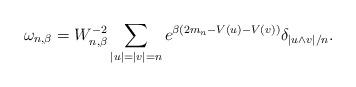
LaTeX: \begin{align*} \omega_{n,\beta} = W_{n,\beta}^{-2}\sum_{|u|=|v|=n} e^{\beta (2 m_n - V(u)-V(v))} \delta_{|u\wedge v|/n}.\end{align*}